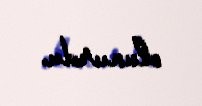
olunurdu.